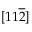
[ 1 1 \overline { { 2 } } ]